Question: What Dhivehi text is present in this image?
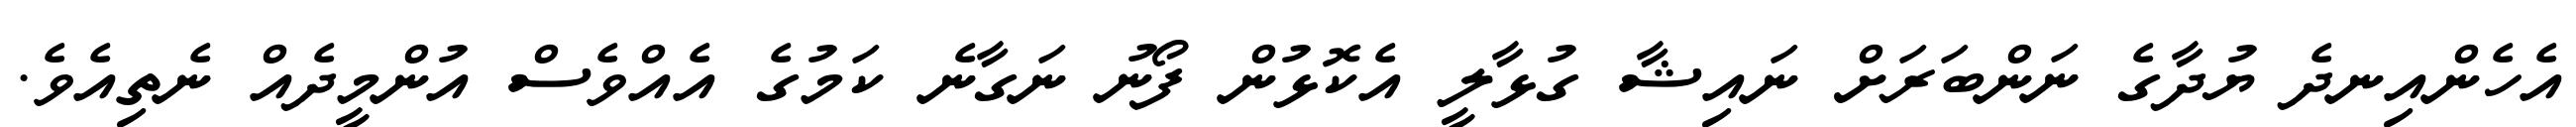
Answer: އެހެންއިނދެ ޔުދާގެ ނަންބަރަށް ނައިޝާ ގުޅާލީ އެކޮޅުން ފޯނު ނަގާނެ ކަމުގެ އެއްވެސް އުންމީދެއް ނެތިއެވެ.